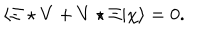
\langle \Xi \star V + V \star \Xi | \chi \rangle = 0 .